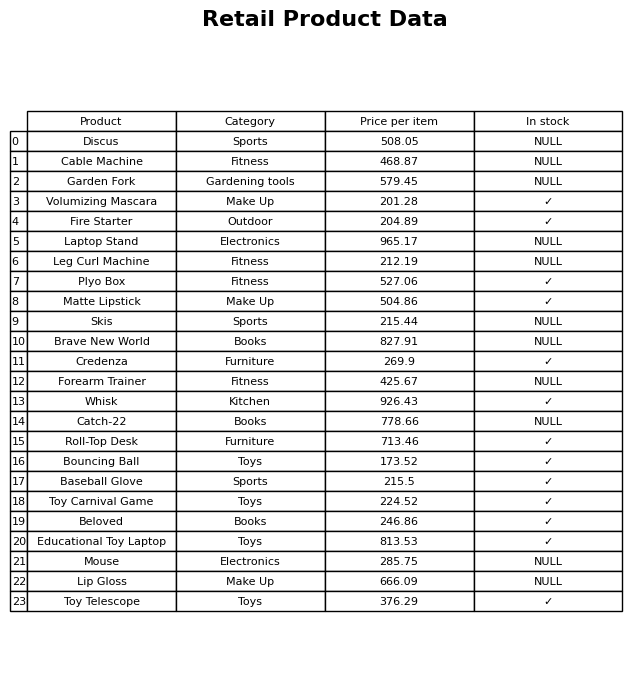
question: What is the price for Credenza?
answer: The price of Credenza is 269.9.